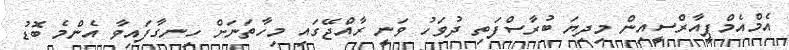
އެމްއެމްޕީއާރްސީއިން މިދިޔަ ބުރާސްފަތި ދުވަހު ވަނީ ރާއްޖޭގައި މިހާތަނަށް ހިނގާފައިވާ އެންމެ ބޮޑު